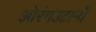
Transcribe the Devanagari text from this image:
ओरंगउटानों